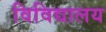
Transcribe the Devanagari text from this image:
विविद्यालय